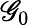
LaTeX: \mathscr{G}_{0}